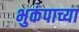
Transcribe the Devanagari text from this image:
भुकंपाच्या